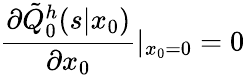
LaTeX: \frac{\partial\tilde{Q}_{0}^{h}(s|x_{0})}{\partial x_{0}}|_{x_{0}=0}=0